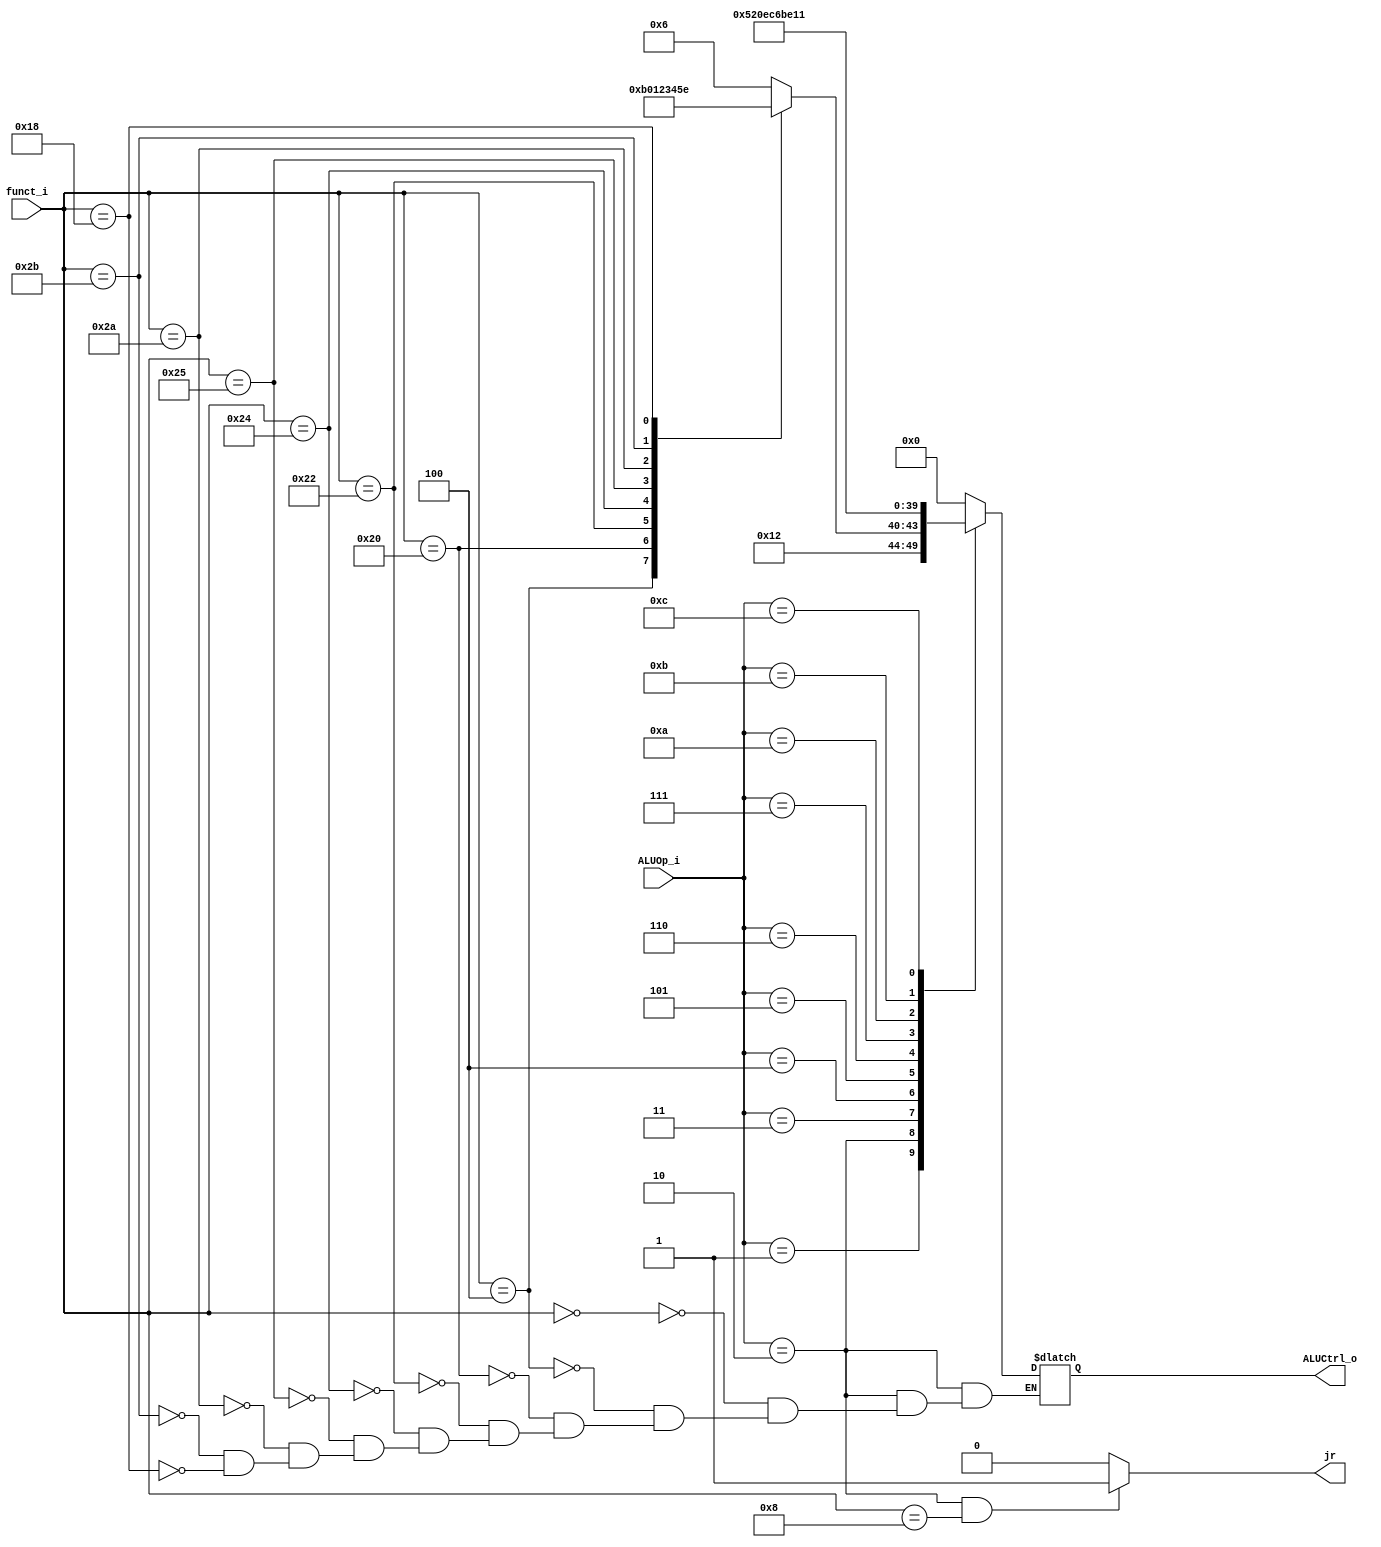
//Subject:     CO project 2 - ALU Controller
//--------------------------------------------------------------------------------
//Version:     1
//--------------------------------------------------------------------------------
//Writer:
//----------------------------------------------
//Date:
//----------------------------------------------
//Description:
//--------------------------------------------------------------------------------

module ALU_Ctrl(
          funct_i,
          ALUOp_i,
          ALUCtrl_o,
          jr
          );

//I/O ports
input      [6-1:0] funct_i;
input      [5-1:0] ALUOp_i;

output     [5-1:0] ALUCtrl_o;
output reg  jr;
//Internal Signals
reg        [5-1:0] ALUCtrl_o;

//Parameter
localparam
    alu_add=5'd0,
	alu_sub=5'd1,
    alu_and=5'd2,
    alu_or=5'd3,
    alu_slt=5'd4,
	alu_sltu=5'd5,
	alu_sll=5'd6,
	alu_lui=5'd7,
	alu_ori=5'd8,
	alu_beq=5'd9,
	alu_bne=5'd10,
	alu_sllv=5'd11,
//2017/5/4 update here
    alu_lw=12,
    alu_sw=13,
    alu_mul=14,
    alu_ble=15,
    alu_blt=16,
    alu_bnez=17
    ;

always@(*)
begin
    if(ALUOp_i==5'b00010&&funct_i==6'h8)
    begin
        $display("Here we jr!!!");
        jr=1;
    end
    else
        jr=0;
end
//Select exact operation
always@(*)
begin
	case(ALUOp_i)
	5'b000:begin ALUCtrl_o=alu_add; end//however the addi version
	5'b001:begin ALUCtrl_o=alu_beq; end//however the beq version
	5'b010:
	begin
	    case(funct_i)
		6'h0:ALUCtrl_o=alu_sll;
		6'h4:ALUCtrl_o=alu_sllv;
		6'h20:ALUCtrl_o=alu_add;
		6'h22:ALUCtrl_o=alu_sub;
		6'h24:ALUCtrl_o=alu_and;
		6'h25:ALUCtrl_o=alu_or;
		6'h2a:ALUCtrl_o=alu_slt;
		6'h2b:ALUCtrl_o=alu_sltu;
        6'h18:ALUCtrl_o=alu_mul;
		endcase
	end
	5'b011:begin ALUCtrl_o=alu_bne; end//however the beq version
	5'b100:begin ALUCtrl_o=alu_ori; end
	5'b101:begin ALUCtrl_o=alu_lui; end
         6:begin ALUCtrl_o=alu_lw; end
         7:begin ALUCtrl_o=alu_sw; end
         //8:begin ALUCtrl_o=alu_j end
         //9:begin ALUCtrl_o=alu end
        10:begin ALUCtrl_o=alu_ble; end
        11:begin ALUCtrl_o=alu_blt; end
        12:begin ALUCtrl_o=alu_bnez;end
    default:begin ALUCtrl_o=0; end
	endcase
end

endmodule